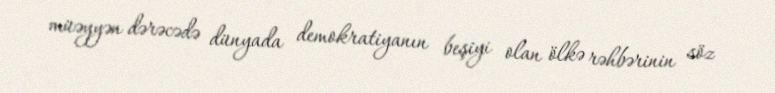
müəyyən dərəcədə dünyada demokratiyanın beşiyi olan ölkə rəhbərinin söz